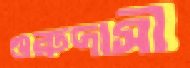
গুরুদাসী